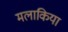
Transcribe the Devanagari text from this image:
मलाकिया